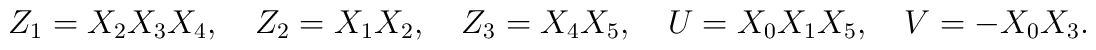
Z_1 =X_2X_3X_4,\quad Z_2=X_1X_2, \quad Z_3=X_4X_5,\quad U=X_0X_1X_5,\quad V=-X_0X_3.